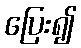
ပြေး၍